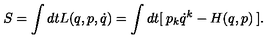
S = \int d t L ( q , p , \dot { q } ) = \int d t [ \: p _ { k } \dot { q } ^ { k } - H ( q , p ) \: ] .